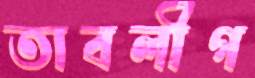
তাবলীগ